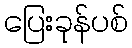
ပြေးခုန်ပစ်